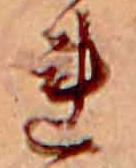
れ